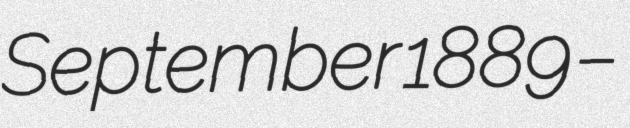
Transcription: September 1889 –